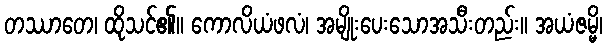
တဿာတေ၊ ထိုသင်၏။ ကောလိယံဖလံ၊ အမျိုးပေးသောအသီးတည်း။ အယံဇမ္မိ၊